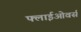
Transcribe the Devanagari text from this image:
फ्लाईओवर्स